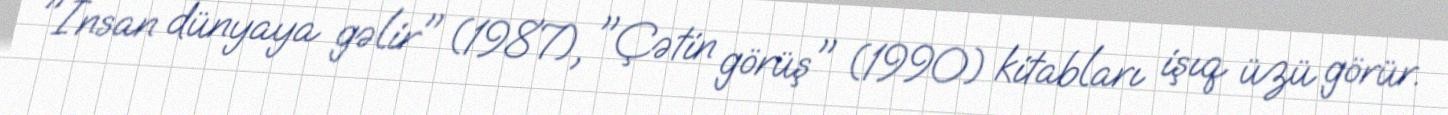
"İnsan dünyaya gəlir" (1987), "Çətin görüş" (1990) kitabları işıq üzü görür.